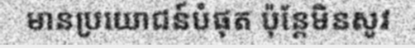
មានប្រយោជន៍បំផុត ប៉ុន្តែមិនសូវ